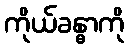
ကိုယ်ခန္ဓာကို